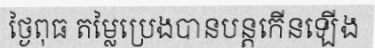
ថ្ងៃពុធ តម្លៃប្រេងបានបន្តកើនឡើង